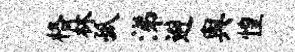
格林孤涕避舆惶